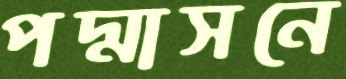
পদ্মাসনে